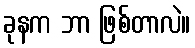
ခုနက ဘာ ဖြစ်တာလဲ။